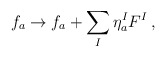
\begin{align*}f_a\rightarrow f_a+ \sum_I\eta_a^IF^I\, ,\end{align*}